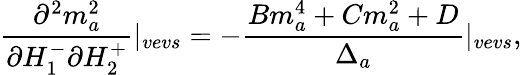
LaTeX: \frac{\partial^{2}m_{a}^{2}}{\partial H_{1}^{-}\partial H_{2}^{+}}|_{vevs}=-\frac{Bm_{a}^{4}+Cm_{a}^{2}+D}{\Delta_{a}}|_{vevs},